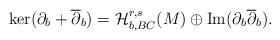
LaTeX: \begin{align*}\ker(\partial_b+\overline{\partial}_b)=\mathcal{H}^{r,s}_{b,BC}(M)\oplus{\rm Im}(\partial_b\overline{\partial}_b).\end{align*}